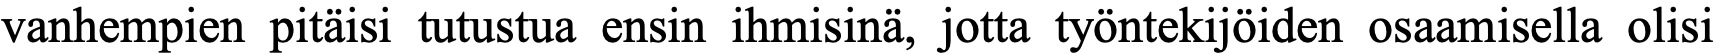
vanhempien pitäisi tutustua ensin ihmisinä, jotta työntekijöiden osaamisella olisi